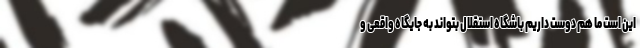
این است ما هم دوست داریم باشگاه استقلال بتواند به جایگاه واقعی و